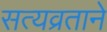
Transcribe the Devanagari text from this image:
सत्यव्रताने